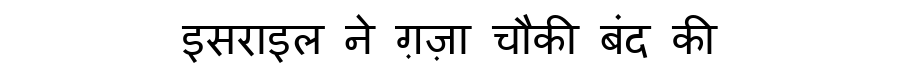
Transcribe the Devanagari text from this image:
इसराइल ने ग़ज़ा चौकी बंद की